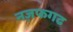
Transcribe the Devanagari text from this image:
नज़फगढ